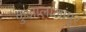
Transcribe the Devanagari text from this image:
कुआलालांपुर